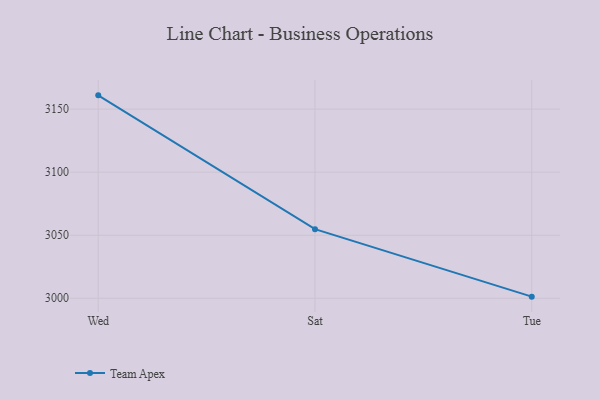
{"axis": {"x": "Day", "y": "Humidity (%)"}, "legend": ["Team Apex"], "data": [{"x": "Wed", "y": 3160.9, "type": "Team Apex"}, {"x": "Sat", "y": 3054.8, "type": "Team Apex"}, {"x": "Tue", "y": 3001.3, "type": "Team Apex"}]}